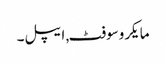
مایکروسوفٹ, ایپل۔